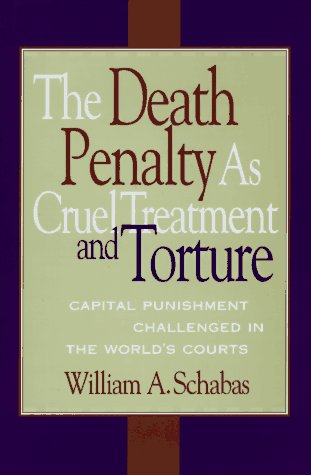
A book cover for The Death Penalty As Cruel Treatment And Torture: Capital Punishment Challenged in the World's Courts; William A. Schabas; Law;